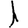
Digit: 1